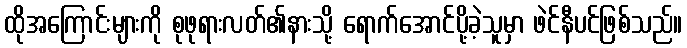
ထိုအကြောင်းများကို စုဖုရားလတ်၏နားသို့ ရောက်အောင်ပို့ခဲ့သူမှာ ဖဲင်နီပင်ဖြစ်သည်။